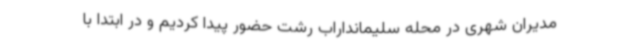
مدیران شهری در محله سلیمانداراب رشت حضور پیدا کردیم و در ابتدا با